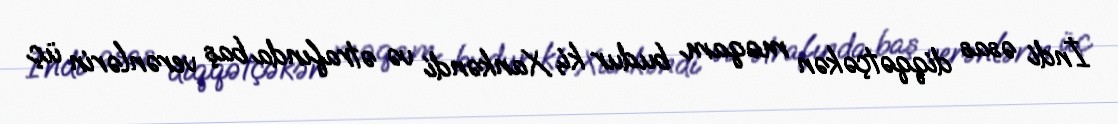
İndi əsas diqqətçəkən məqam budur ki, Xankəndi və ətrafında baş verənlərin üç